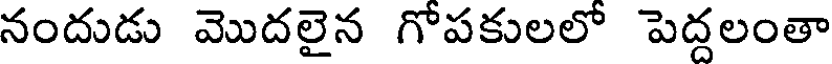
నందుడు మొదలైన గోపకులలో పెద్దలంతా